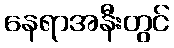
နေရာအနီးတွင်